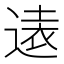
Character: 𫟨